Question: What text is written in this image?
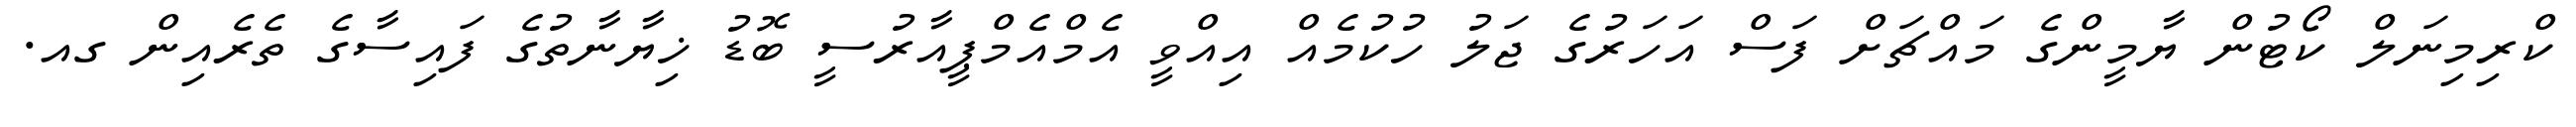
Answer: ކްރިމިނަލް ކޯޓުން ޔާމީންގެ މައްޗަށް ފަސް އަހަރުގެ ޖަލު ހުކުމެއް އިއްވީ އެމްއެމްޕީއާރުސީ ބޮޑު ޚިޔާނާތުގެ ފައިސާގެ ތެރެއިން ގއ.